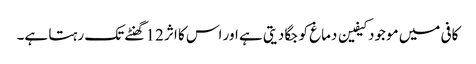
کافی میں موجود کیفین دماغ کو جگا دیتی ہے اور اس کا اثر 12 گھنٹے تک رہتا ہے۔